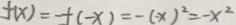
f ( x ) = - f ( - x ) = - ( - x ) ^ { 2 } = - x ^ { 2 }